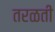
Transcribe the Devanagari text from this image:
तरळती